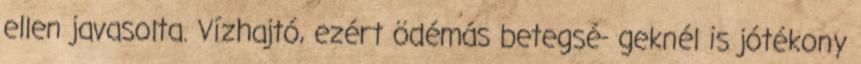
ellen javasolta. Vízhajtó, ezért ödémás betegsé- geknél is jótékony